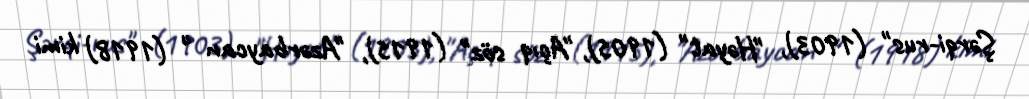
Şərqi-rus" (1903), "Həyat" (1905), "Açıq söz" (1915), "Azərbaycan " (1918) kimi